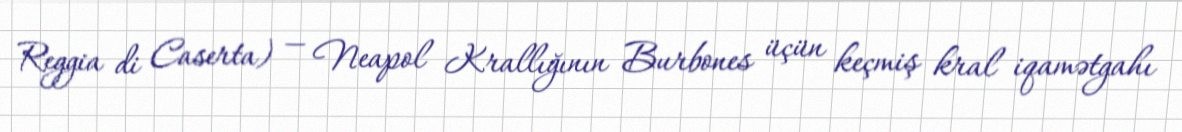
Reggia di Caserta) — Neapol Krallığının Burbones üçün keçmiş kral iqamətgahı